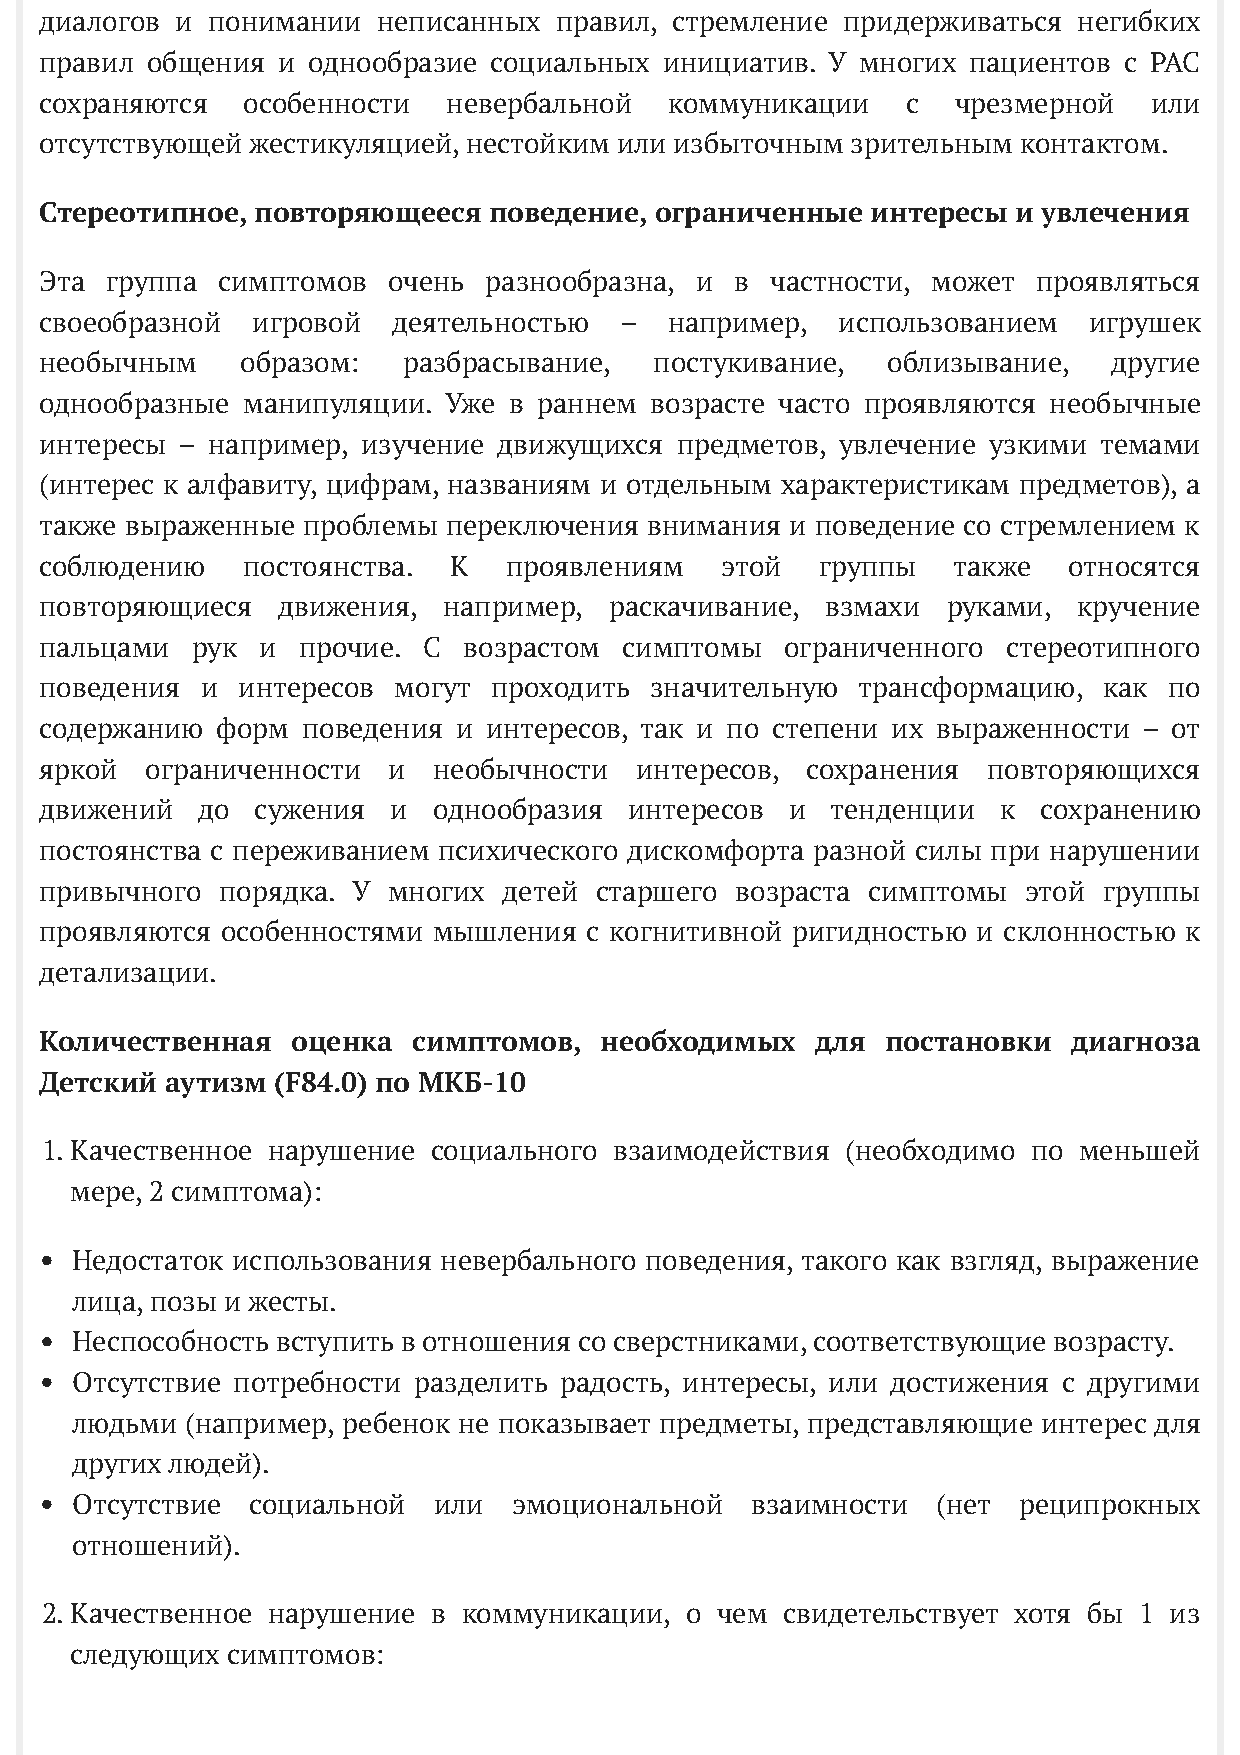
диалогов и понимании  неписанных  правил, стремление придерживаться негибких
 правил общения и однообразие социальных  инициатив. У многих пациентов с РАС
 сохраняются  особенности   невербальной  коммуникации    с  чрезмерной   или
 отсутствующей жестикуляцией, нестойким или избыточным зрительным контактом.
 Стереотипное, повторяющееся  поведение, ограниченные   интересы и увлечения
 Эта группа симптомов   очень разнообразна, и  в частности, может  проявляться
 своеобразной  игровой  деятельностью  –  например,  использованием   игрушек
 необычным    образом:   разбрасывание,  постукивание,   облизывание,   другие
 однообразные манипуляции. Уже  в раннем возрасте часто проявляются необычные
 интересы – например, изучение движущихся  предметов, увлечение узкими темами
 (интерес к алфавиту, цифрам, названиям и отдельным характеристикам предметов), а
 также выраженные проблемы  переключения внимания и поведение со стремлением к
 соблюдению   постоянства.  К  проявлениям    этой  группы   также   относятся
 повторяющиеся  движения,  например,  раскачивание,  взмахи  руками, кручение
 пальцами  рук и  прочие. С  возрастом симптомы   ограниченного  стереотипного
 поведения и  интересов могут проходить  значительную  трансформацию,  как по
 содержанию форм  поведения и интересов, так и по степени их выраженности – от
 яркой  ограниченности  и  необычности  интересов, сохранения  повторяющихся
 движений  до  сужения  и  однообразия  интересов и  тенденции  к  сохранению
 постоянства с переживанием психического дискомфорта разной силы при нарушении
 привычного  порядка. У многих детей старшего  возраста симптомы  этой группы
 проявляются особенностями мышления  с когнитивной ригидностью и склонностью к
 детализации.
 Количественная  оценка  симптомов,   необходимых   для  постановки  диагноза
 Детский аутизм (F84.0) по МКБ-10
 1. Качественное нарушение социального взаимодействия (необходимо по меньшей
 мере, 2 симптома):
 Недостаток использования невербального поведения, такого как взгляд, выражение
 лица, позы и жесты.
 Неспособность вступить в отношения со сверстниками, соответствующие возрасту.
 Отсутствие потребности разделить радость, интересы, или достижения с другими
 людьми (например, ребенок не показывает предметы, представляющие интерес для
 других людей).
 Отсутствие социальной   или  эмоциональной   взаимности  (нет реципрокных
 отношений).
 2. Качественное нарушение в коммуникации, о чем  свидетельствует хотя бы 1 из
 следующих симптомов: